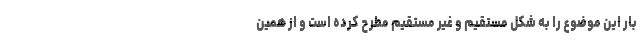
بار این موضوع را به شکل مستقیم و غیر مستقیم مطرح کرده است و از همین